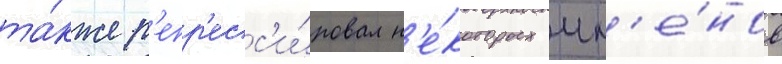
та́кже р'епр'есс'и́ровал н'е́которых чл'е́нов